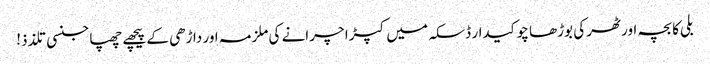
بلی کا بچہ اور ٹھرکی بوڑھا چوکیدار	ڈسکہ میں کپڑا چرانے کی ملزمہ اور داڑھی کے پیچھے چھپا جنسی تلذذ!